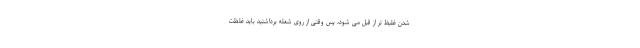
شدن غلیظ تر از قبل می شود، پس وقتی از روی شعله برداشتید باید غلظت